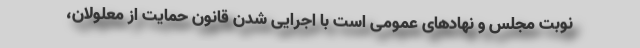
نوبت مجلس و نهادهاى عمومى است با اجرايى شدن قانون حمايت از معلولان،